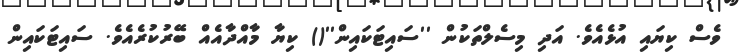
ވެސް ކިޔައި އުޅެއެވެ. އަދި މިސެލްތަކުން ''ސައިޓަކައިން''() ކިޔާ މާއްދާއެއް ބޭރުކުރެއެވެ. ސައިޓަކައިން